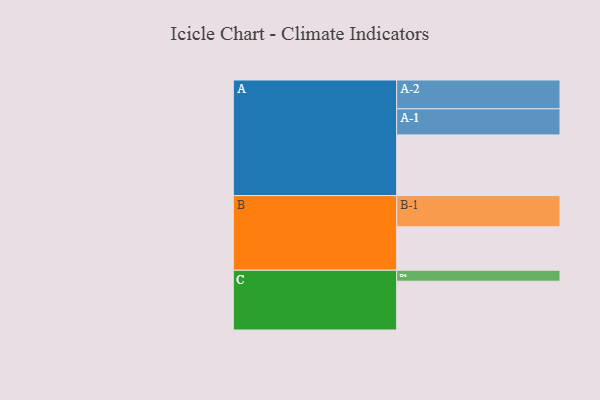
{"axis": {"x": "Segment", "y": "Value"}, "legend": ["", "A", "B", "C"], "data": [{"x": "A", "y": 575, "type": ""}, {"x": "B", "y": 411, "type": ""}, {"x": "C", "y": 462, "type": ""}, {"x": "A-1", "y": 247, "type": "A"}, {"x": "A-2", "y": 273, "type": "A"}, {"x": "B-1", "y": 296, "type": "B"}, {"x": "C-1", "y": 104, "type": "C"}]}